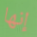
إنها